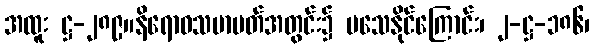
အထူး ဋ္ဌ-၂၈၉။နိရောဓသမာပတ်အတွင်း၌ မသေနိုင်ကြောင်း၊ ၂-ဋ္ဌ-၁၈၆၊